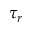
\tau _ { r }